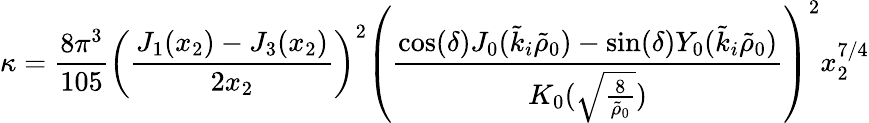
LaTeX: \kappa=\frac{8\pi^{3}}{105}\left(\frac{J_{1}(x_{2})-J_{3}(x_{2})}{2x_{2}}\right)^{2}\left(\frac{\cos(\delta)J_{0}(\tilde{k}_{i}\tilde{\rho}_{0})-\sin(\delta)Y_{0}(\tilde{k}_{i}\tilde{\rho}_{0})}{K_{0}(\sqrt{\frac{8}{\tilde{\rho}_{0}}})}\right)^{2}x_{2}^{7/4}